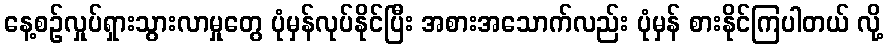
နေ့စဉ်လှုပ်ရှားသွားလာမှုတွေ ပုံမှန်လုပ်နိုင်ပြီး အစားအသောက်လည်း ပုံမှန် စားနိုင်ကြပါတယ် လို့